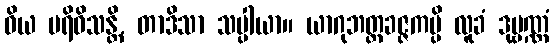
ဝိယ ပရိဝိသန္တိ, တာဒိသာ သပ္ပါယာ။ ယာဂုဘတ္တခဇ္ဇကမ္ပိ လူခံ ဒုဗ္ဗဏ္ဏံ